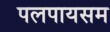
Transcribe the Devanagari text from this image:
पलपायसम